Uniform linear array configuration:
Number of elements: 48
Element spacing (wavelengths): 0.25
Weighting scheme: kaiser
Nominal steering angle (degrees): -60
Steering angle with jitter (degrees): -61.579
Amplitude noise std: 0.05
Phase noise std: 0.05

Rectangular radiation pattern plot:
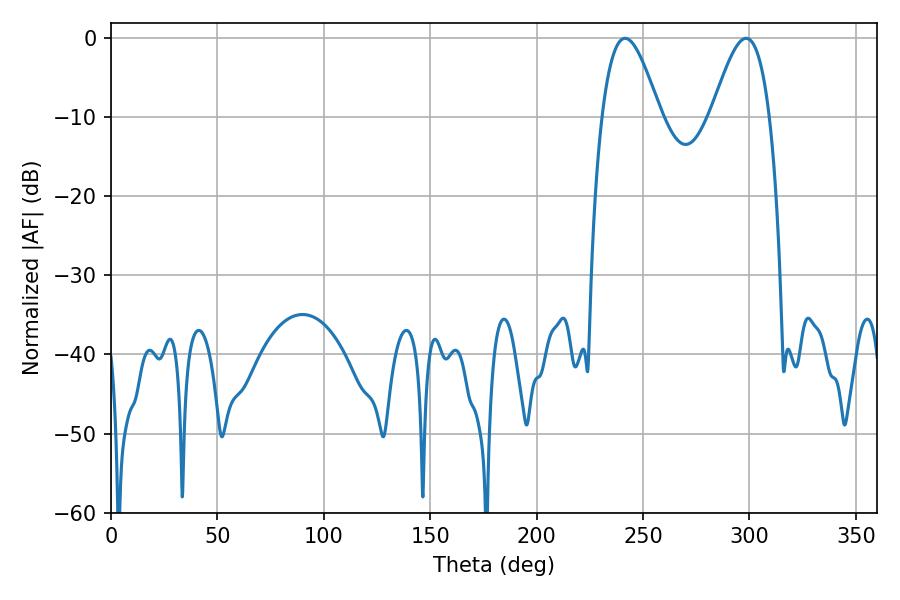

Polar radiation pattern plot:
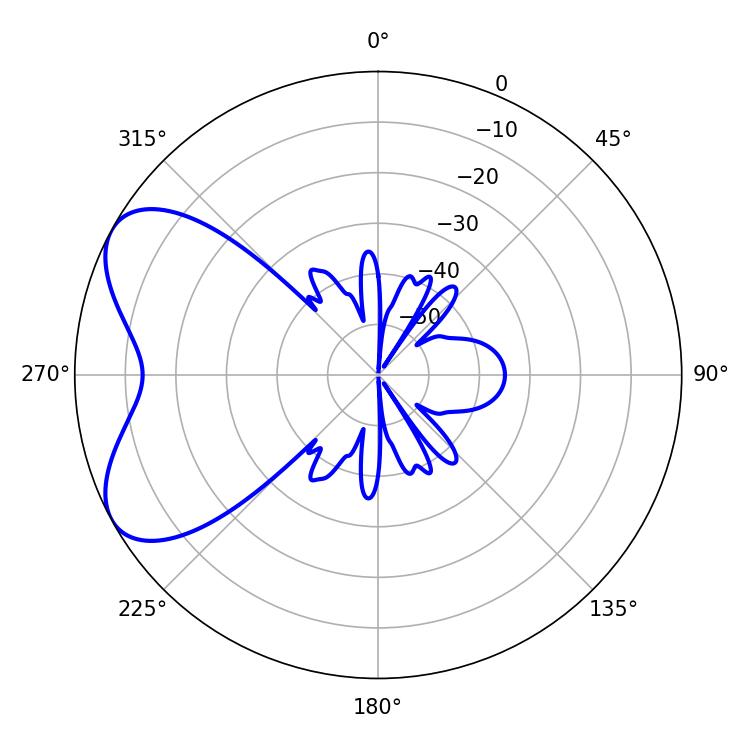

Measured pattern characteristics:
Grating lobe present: FALSE
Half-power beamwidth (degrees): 14.76
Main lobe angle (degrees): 241.56